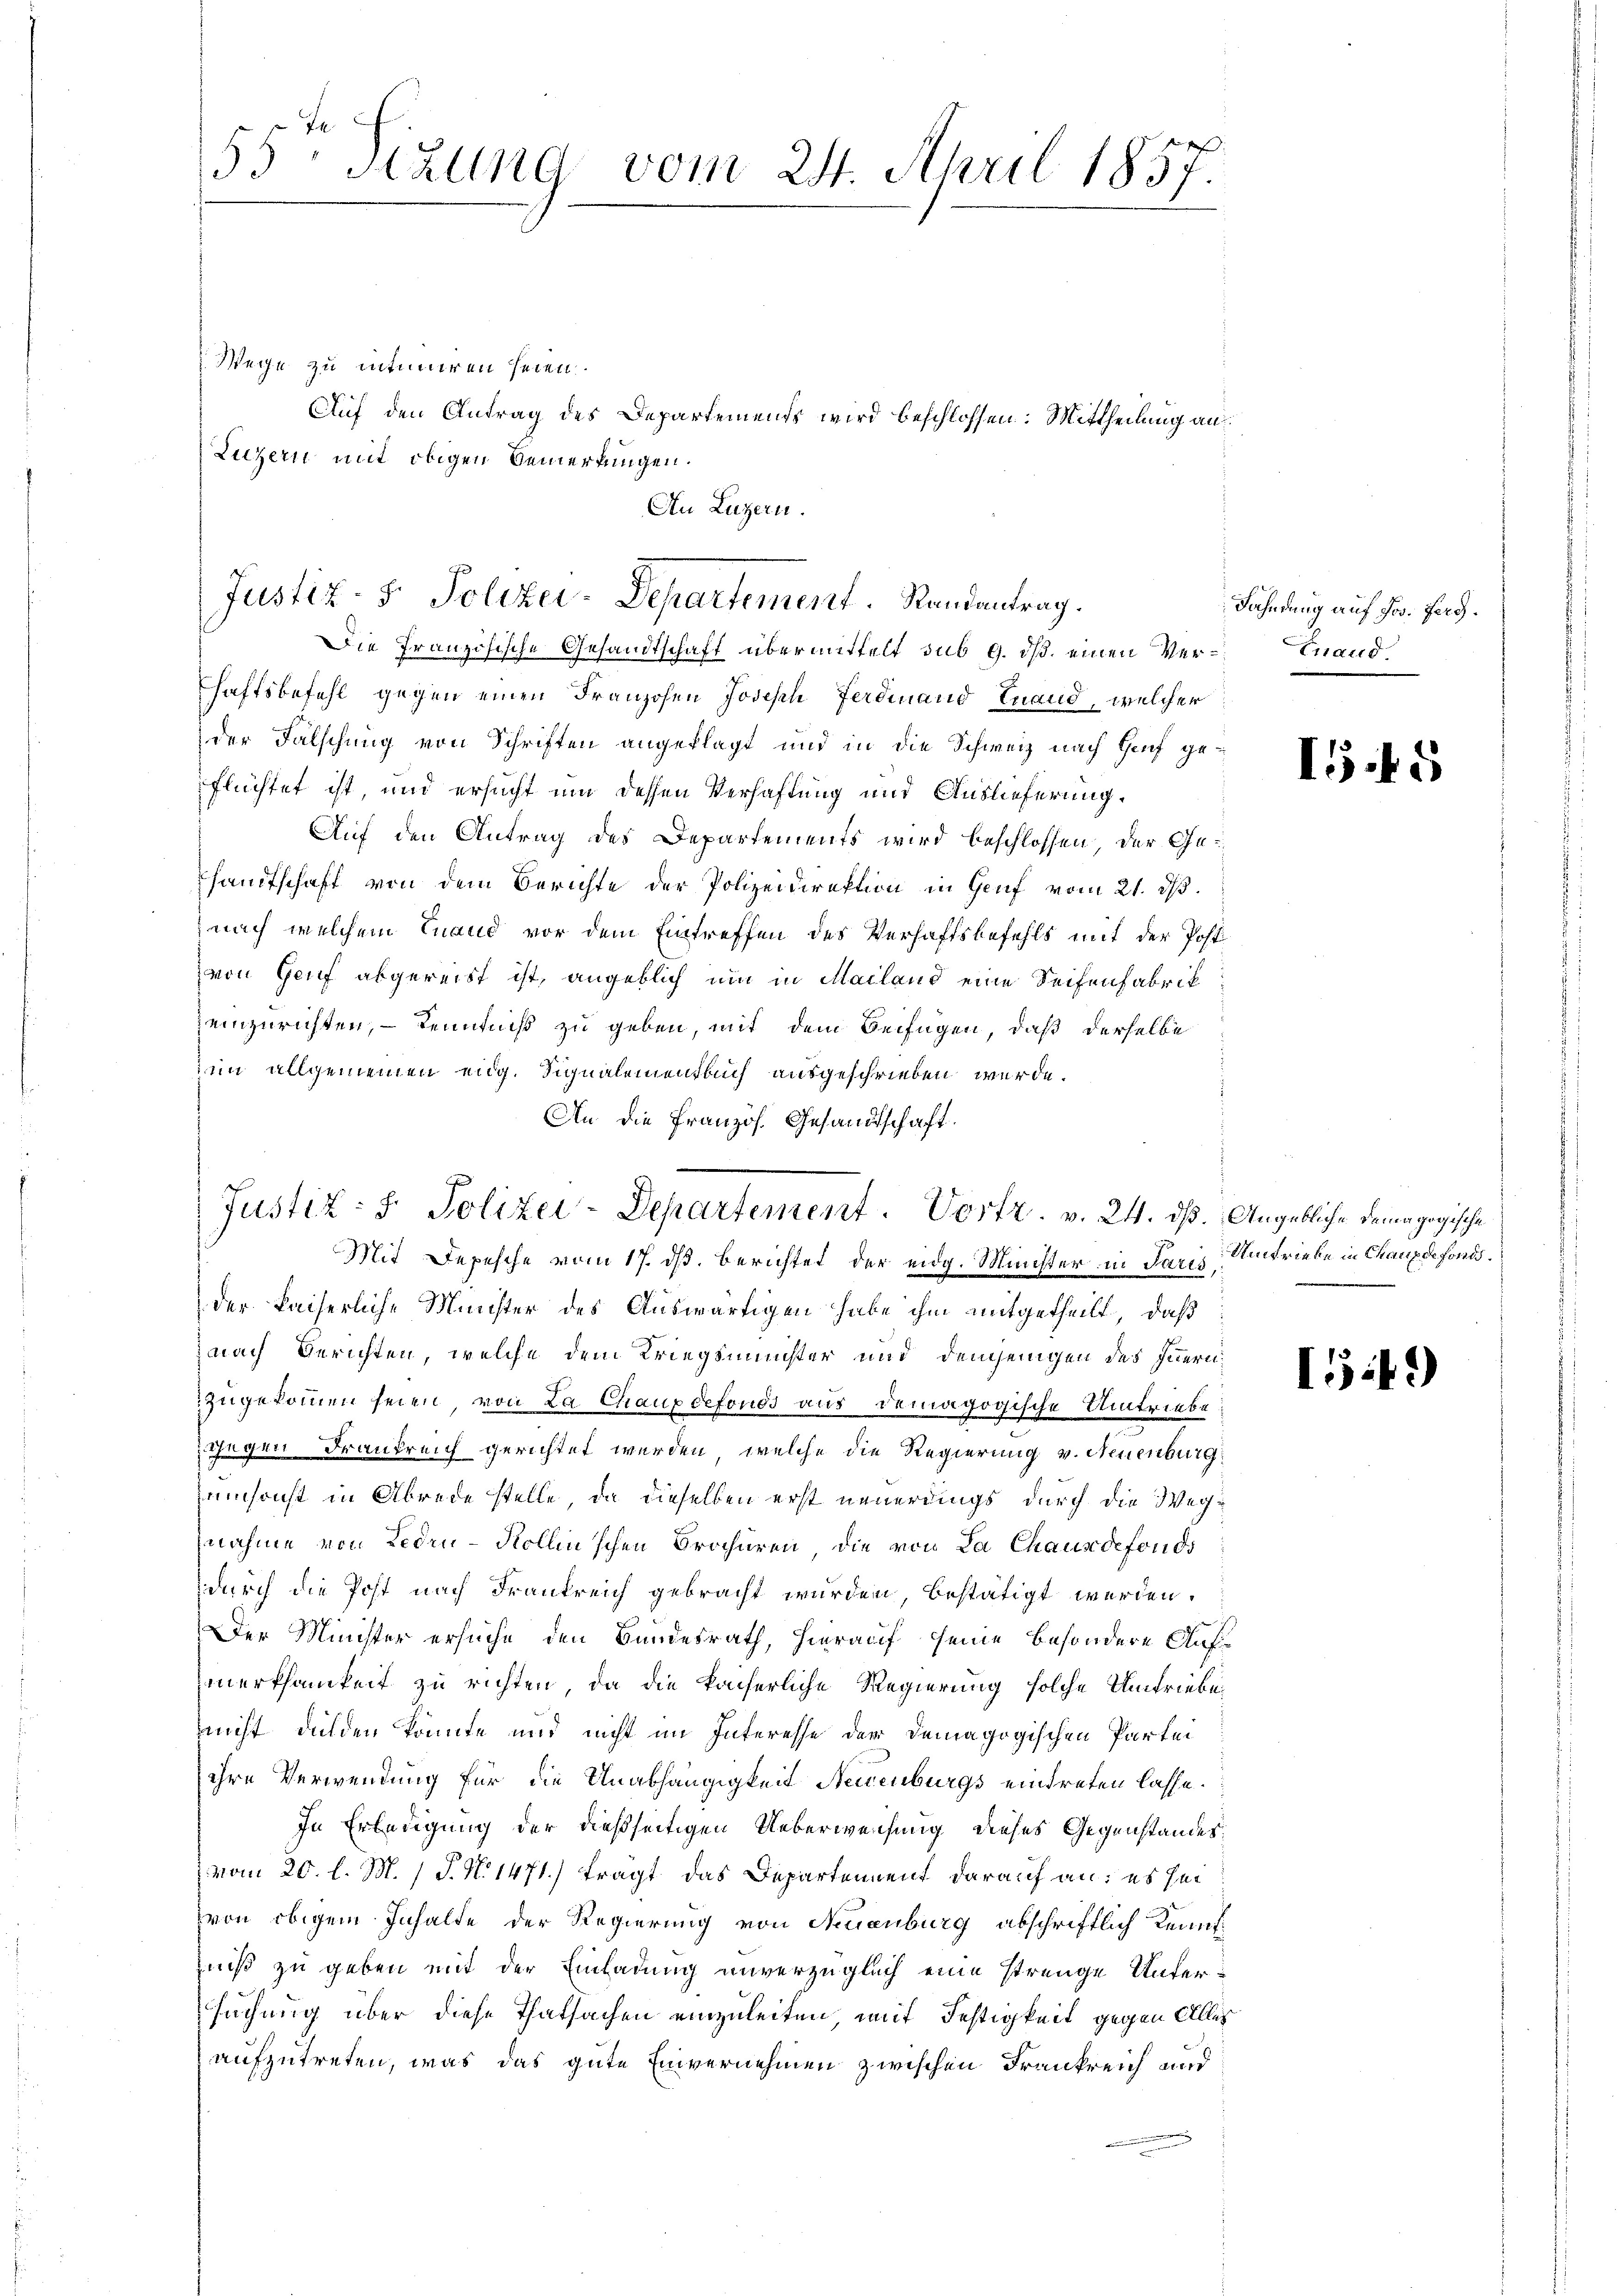
Wege zu intimiren seien.
Auf den Antrag des Departements wird beschlossen: Mittheilung an
Luzern mit obigen Bemerkungen.
An Luzern.

55 Sizung vom 24. April 1857.

Justiz- 5. Polizei-Departement. Randantrag.

Die Französische Gesandtschaft übermittelt sub 9. ds. einen Verhaftsbefehl gegen einen Franzosen Joseph Ferdinand Inand, welcher
der Falschung von Schriften angeklagt und in die Schweiz nach Heuf geflüchtet ist, und ersucht um dessen Verhaftung und Auslieferung.
Auf den Antrag des Departements wird beschlossen, der Gehandtschaft von dem Berichte der Polizeidirektion in Genf vom 21. ds.
 nach welchem Enaud vor dem Eintreffen des Verhaftsbefehls mit der Post
von Genf abgereist ist, angeblich um in Mailand eine Seifenfabrik
zeinzurichten, Kenntniß zu geben, mit dem Beifügen, daß derselbe
im allgemeinen eidg. Signalementauch ausgeschrieben werde.
An die Französ. Gesandtschaft.

Justiz- & Polizei-Departement. Vortr. v. 24. ds. Angebliche damagogische

Mit Depesche vom 17. ds. berichtet der eidg. Minister in Paris, Umtriebe in Chaux de fondider kaiserliche Minister des Auswärtigen habe ihm mitgetheilt, daß:
nach Berichten, welche dem Kriegsminister und demjenigen des Innern
zugekommen seien, von La Chaupdefonds aus demagogische Umtriebe
gegen Drankreich gerichtet werden, welche die Regierung v. Neuenburg
umsanst in Abrede stelle, da dieselben erst neuerdings durch die Wegnahme von Leden-Kollin'schen Brochüren, die von Da Chausdefonds
durch die Post nach Frankreich gebracht wurden bestätigt werden.
Der Minister ersuche den Bundesrath, hierauf seine besondere Aufmerksamkeit zu richten, da die kaiserliche Regierung solche Umtriebe
nicht dulden könnte und nicht im Interesse der demagogischen Partei
ihre Verwendung für die Unabhängigkeit Neuenburgs eintreten lasse.
In Erledigung der dießseitigen Ueberweichung dieses Gegenstandesvom 20. l. M. 1 P. N. 1471.) fragt das Departement darauf an: es sei
von obigem Inhalte der Regierung von Neuenburg abschriftlich Kenntniß zu geben mit der Einladung unverzüglich eine strenge Untersuchung über diese Thatsachen einzuleiten, mit Festigkeit gegen Aller
aufzutreten, was das gute Einvernehmen zwischen Frankreich und

Fahndung auf Jw. pag.
Grand.

I55

I49)